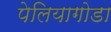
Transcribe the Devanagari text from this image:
पेलियागोडा